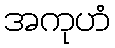
အကုဟံ